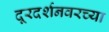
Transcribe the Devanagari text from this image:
दूरदर्शनवरच्या